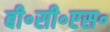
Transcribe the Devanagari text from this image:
बी॰सी॰एस॰